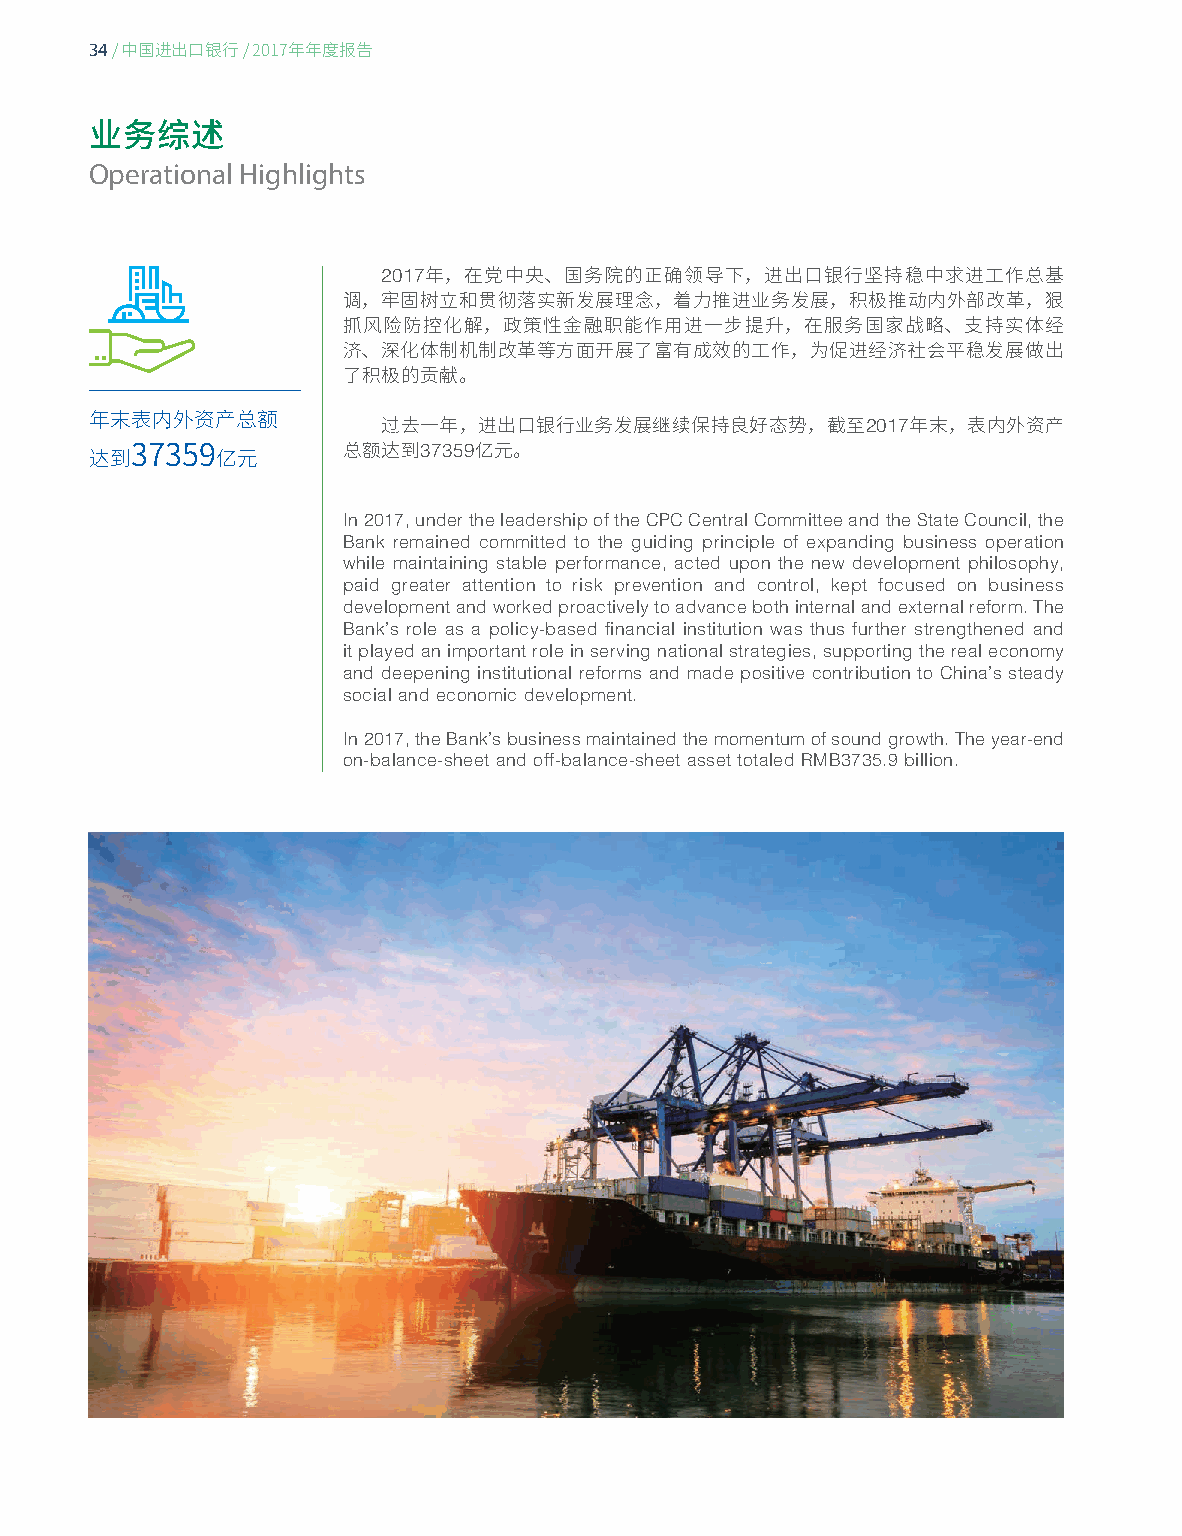
34
 / 中国进出口银行/ 2017年年度报告
 业务综述
 Operational Highlights
 2017
 年，在党中央、国务院的正确领导下，进出口银行坚持稳中求进工作总基
 调，牢固树立和贯彻落实新发展理念，着力推进业务发展，积极推动内外部改革，狠
 抓风险防控化解，政策性金融职能作用进一步提升，在服务国家战略、支持实体经
 济、深化体制机制改革等方面开展了富有成效的工作，为促进经济社会平稳发展做出
 了积极的贡献。
 2017
 年末表内外资产总额          过去一年，进出口银行业务发展继续保持良好态势，截至          年末，表内外资产
 37359
 总额达到    亿元。
 达到37359亿元
 In 2017, under the leadership of the CPC Central Committee and the State Council, the
 Bank remained committed to the guiding principle of expanding business operation
 while maintaining stable performance, acted upon the new development philosophy,
 paid greater attention to risk prevention and control, kept focused on business
 development and worked proactively to advance both internal and external reform. The
 Bank’s role as a policy-based financial institution was thus further strengthened and
 it played an important role in serving national strategies, supporting the real economy
 and deepening institutional reforms and made positive contribution to China’s steady
 social and economic development.
 In 2017, the Bank’s business maintained the momentum of sound growth. The year-end
 on-balance-sheet and off-balance-sheet asset totaled RMB3735.9 billion.